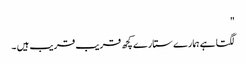
"
لگتا ہے ہمارے ستارے کچھ قریب قریب ہیں ۔